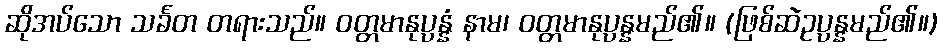
ဆိုအပ်သော သင်္ခတ တရားသည်။ ဝတ္တမာနုပ္ပန္နံ နာမ၊ ဝတ္တမာနုပ္ပန္နမည်၏။ (ဖြစ်ဆဲဥပ္ပန္နမည်၏။)